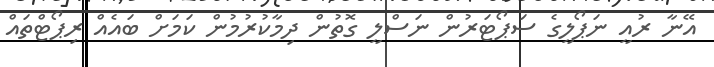
އޭނާ ރުއީ ނަޕޯލީގެ ސަޕޯޓަރުން ނަސްލީ ގޮތުން ދިމާކުރުމުން ކަމަށް ބައެއް ރިޕޯޓްތައް